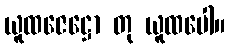
ယူထဇေဋ္ဌော တု ယူထပေါ။